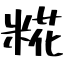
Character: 糀